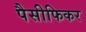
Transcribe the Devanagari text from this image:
पैसीफिकर